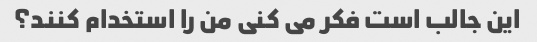
این جالب است فکر می کنی من را استخدام کنند؟